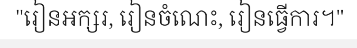
"រៀនអក្សរ, រៀនចំណេះ, រៀនធ្វើការ។"